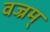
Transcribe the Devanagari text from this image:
वज्रम्